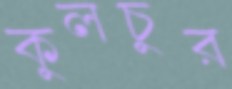
কুলচুর